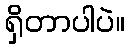
ရှိတာပါပဲ။